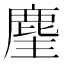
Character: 麈